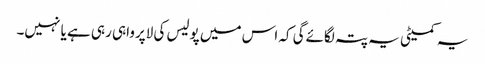
یہ کمیٹی یہ پتہ لگائےگی کہ اس میں پولیس کی لاپرواہی رہی ہے یا نہیں۔